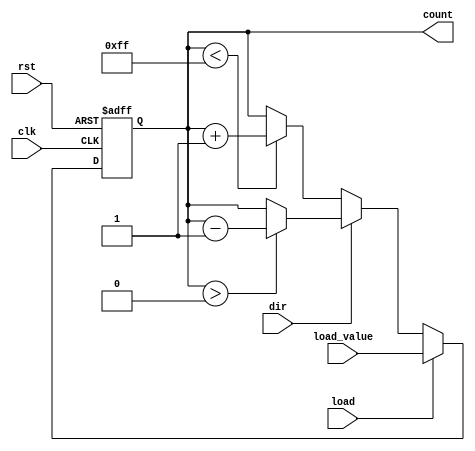
module synchronous_load_counter #(
    parameter N = 8 // Number of bits for the counter
)(
    input wire clk,              // Clock signal
    input wire rst,              // Asynchronous reset signal
    input wire load,             // Load control signal
    input wire [N-1:0] load_value, // Value to load into the counter
    input wire dir,              // Direction control signal (0: up, 1: down)
    output reg [N-1:0] count     // Current counter value
);

// Asynchronous reset
always @(posedge clk or posedge rst) begin
    if (rst) begin
        count <= 0; // Reset the counter to 0
    end else if (load) begin
        count <= load_value; // Load the specified value
    end else begin
        // Counting operation
        if (dir == 1'b0) begin
            // Count up
            if (count < (2**N - 1)) begin
                count <= count + 1; // Increment the counter
            end
        end else begin
            // Count down
            if (count > 0) begin
                count <= count - 1; // Decrement the counter
            end
        end
    end
end

endmodule